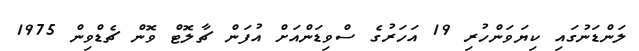
ލަންޑަނުގައި ކިޔަވަންހުރި 19 އަހަރުގެ ސްވިޑަންއަށް އުފަން ޗާލޮޓް ވޮން ޗެޑްވިން 1975